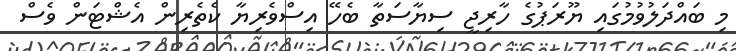
މި ބައްދަލުވުމުގައި ޔޫރަޕުގެ ހާރިޖީ ސިޔާސަތާ ބެހޭ އިސްވެރިޔާ ކެތެރިން އެޝްޓަން ވެސް